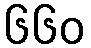
၆၆၀